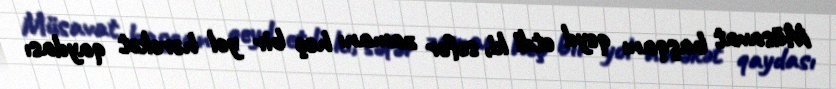
Müsavat başqanı qeyd etdi ki, səfər zamanı heç bir yol hərəkət qaydası